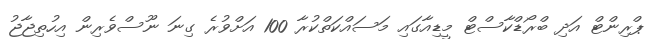
ޕްރިންޓް އަދި ބްރޯޑްކާސްޓް މީޑިއާގައި މަސައްކަތްކުރާ 100 އަށްވުރެ ގިނަ ނޫސްވެރިން އިހުތިޖާޖު